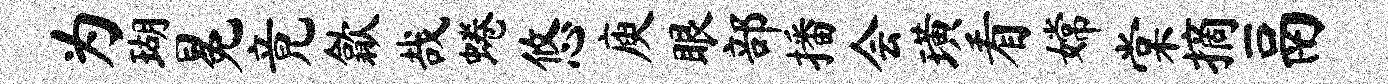
为瑚冕竟歙哉蜷悠庾眼部播会璜看嫦棠摘鬲